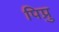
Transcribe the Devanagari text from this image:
पिप्रु